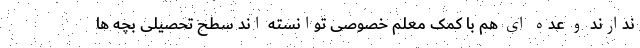
ندارند و عده ای هم با کمک معلم خصوصی توانسته اند سطح تحصیلی بچه ها